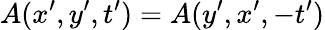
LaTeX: A(x^{\prime},y^{\prime},t^{\prime})=A(y^{\prime},x^{\prime},-t^{\prime})